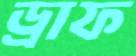
ড্রাফ